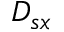
D _ { s x }